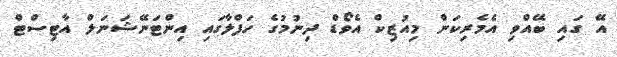
އޭ ގައި ބޭއްވި އެމެރިކަން މިއުޒިކް އެވޯޑް ދިނުމުގެ ހަފްލާގައި އިންޓަނޭޝަނަލް އާޓިސްޓް